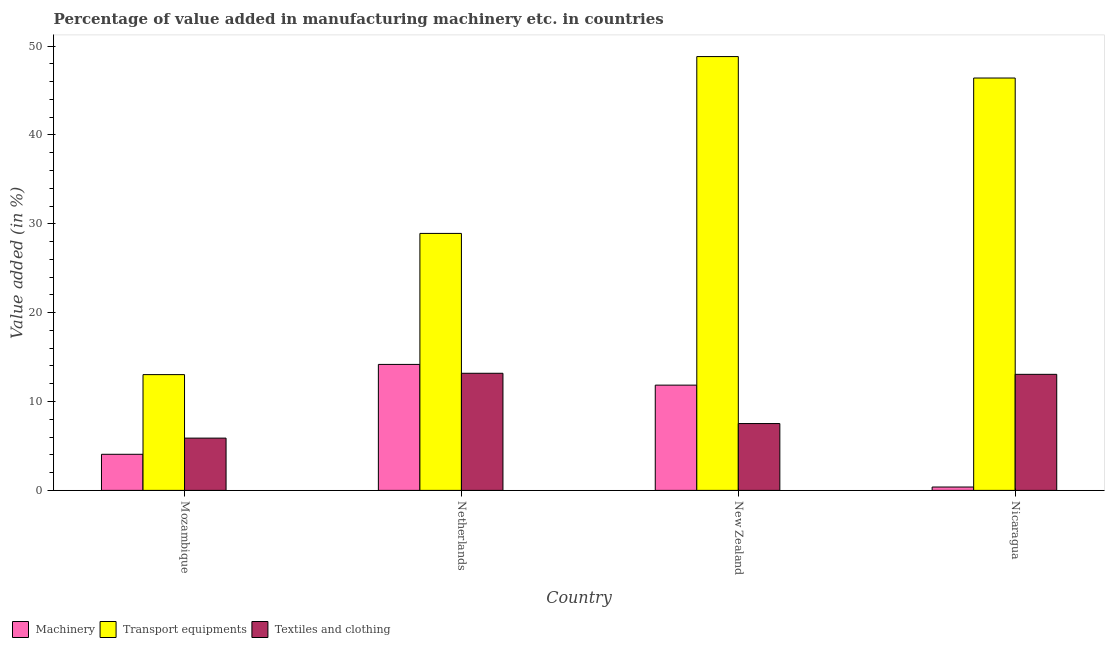
| Country | Machinery | Transport equipments | Textiles and clothing |
 | --- | --- | --- | --- |
 | Mozambique | 4.06 | 13 | 5.88 |
 | Netherlands | 14.2 | 28.9 | 13.2 |
 | New Zealand | 11.8 | 48.8 | 7.52 |
 | Nicaragua | 0.379 | 46.4 | 13.1 |